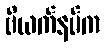
ဗီယက်နမ်က